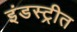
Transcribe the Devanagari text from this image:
इंडस्ट्रीत